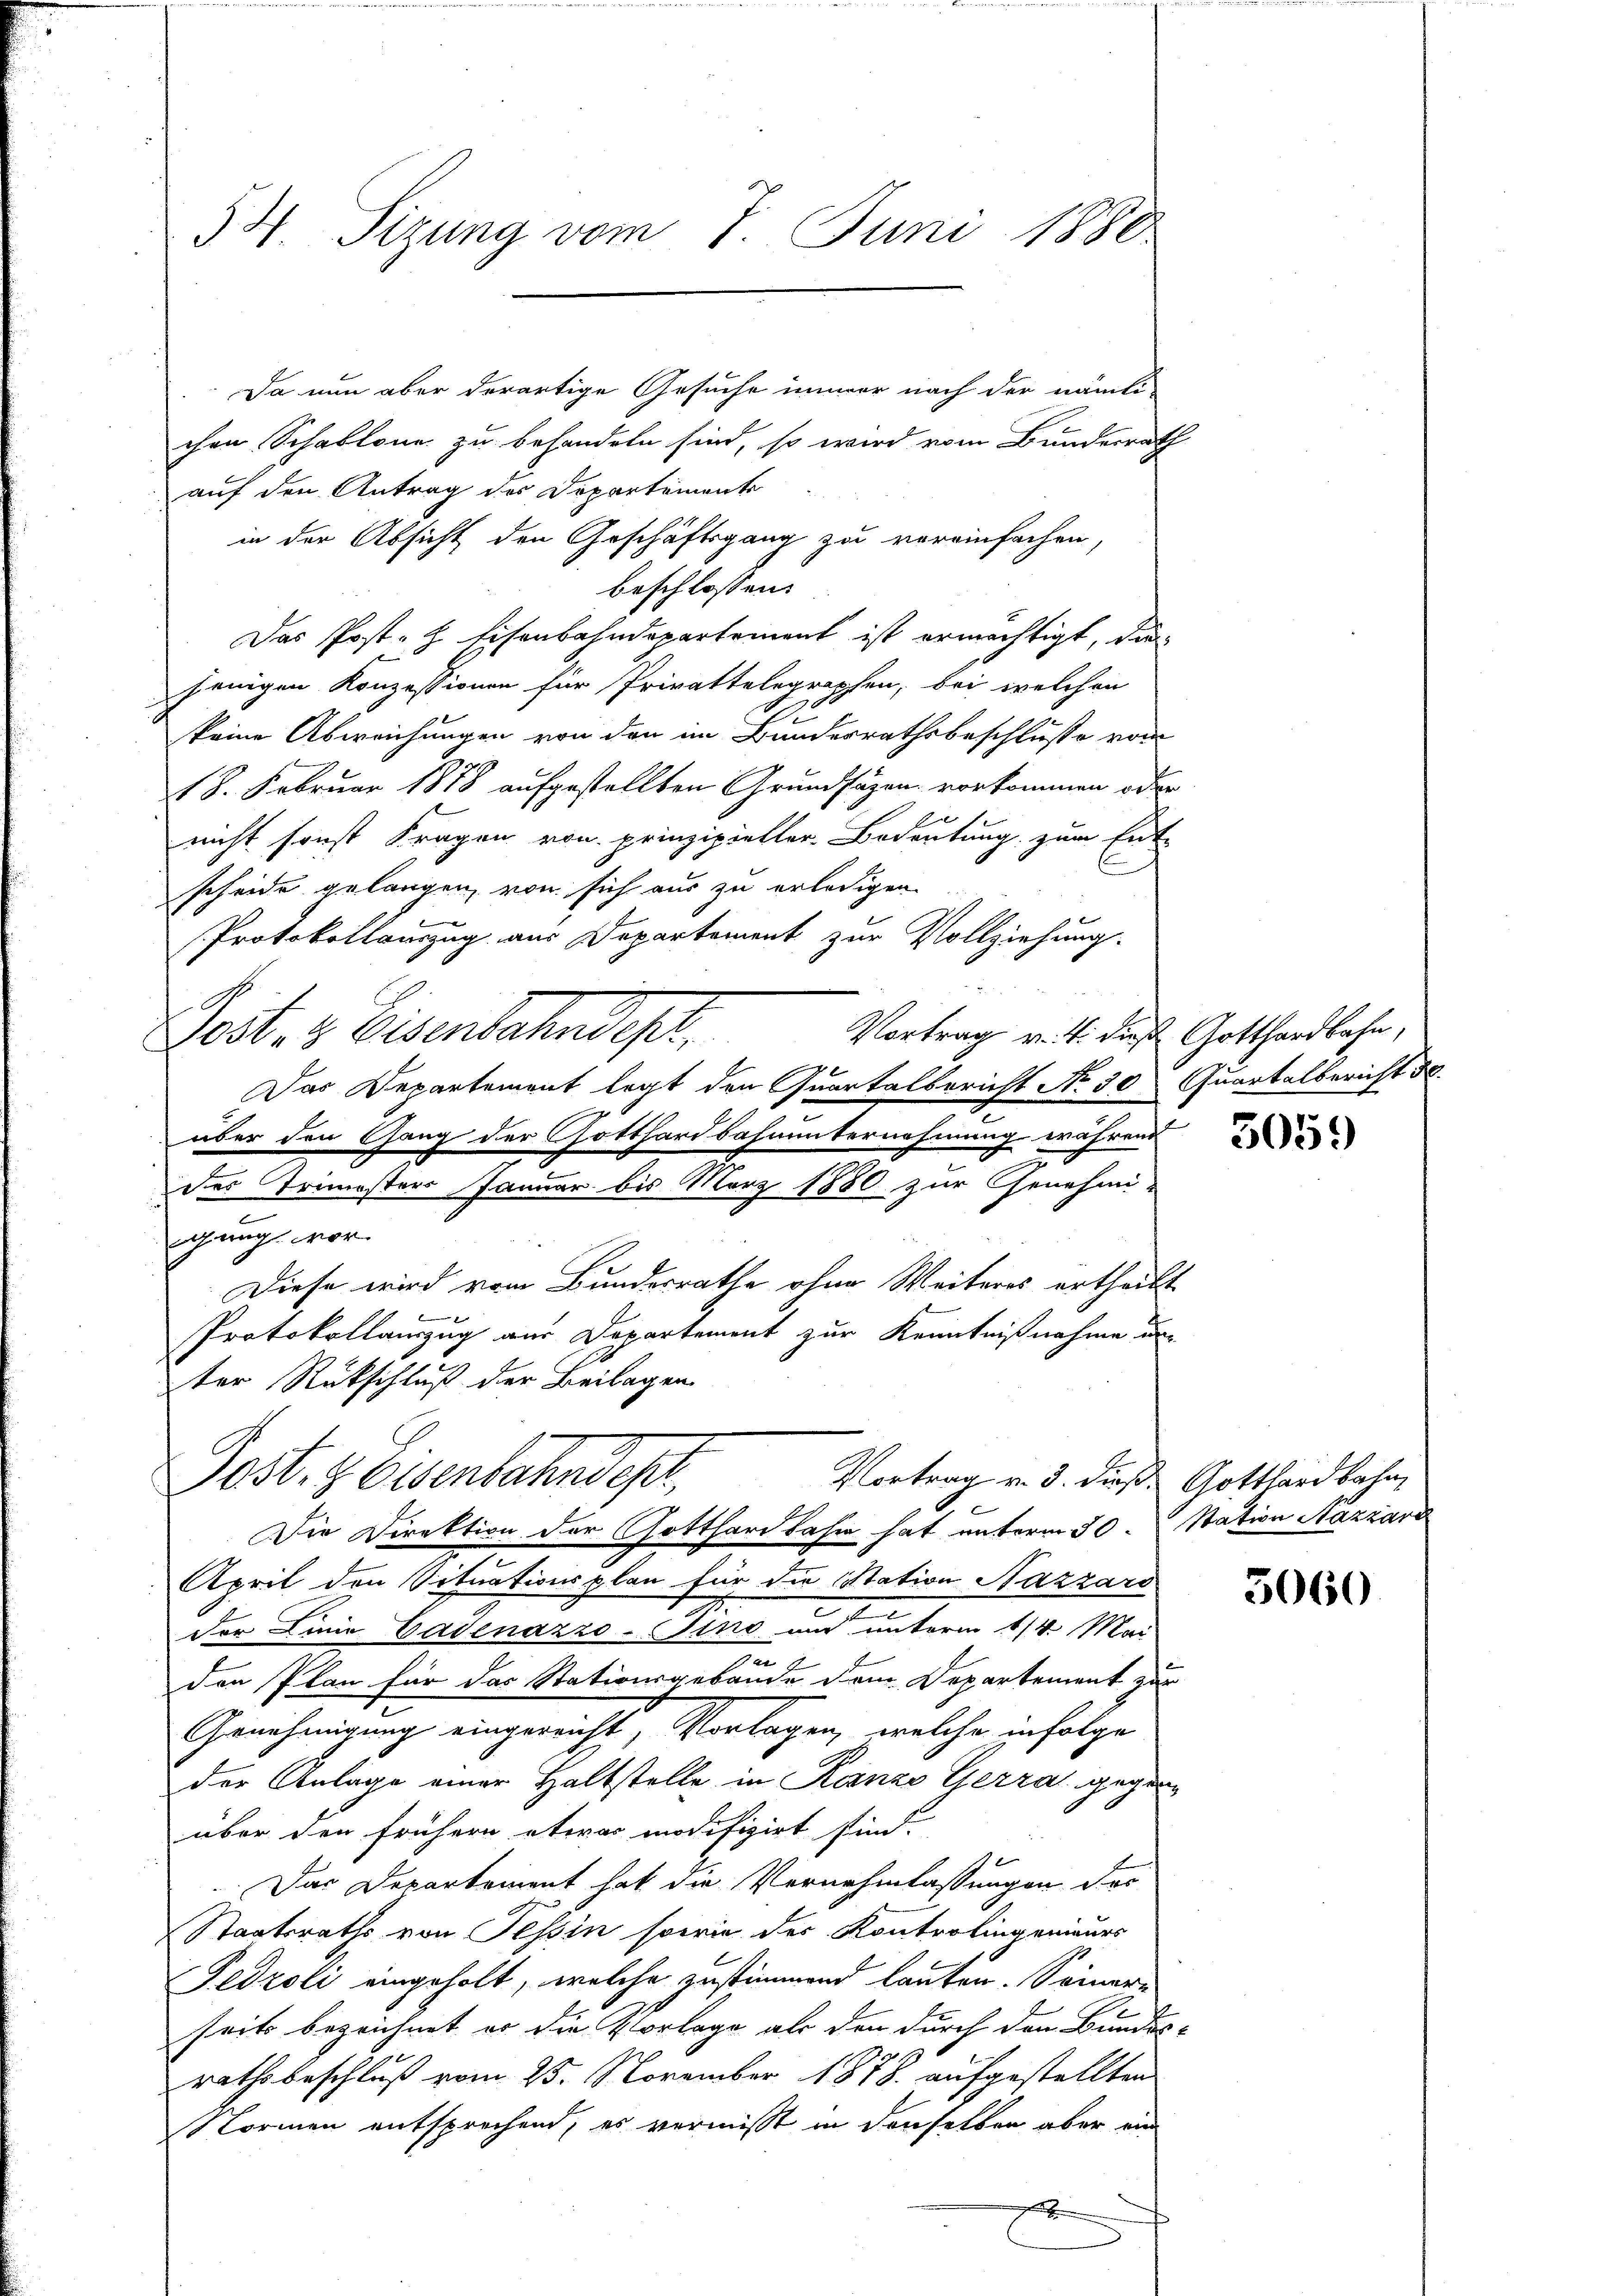
54. Sizung vom 7. Juni 1880

chen Schablone zu behandeln sind, so wird vom Bundesrath
auf den Antrag des Departemente
in der Absicht den Geschäftsgang zu vereinfachen,
beschlossen:
Das Post. Eisenbahndepartement ist ermächtigt, da
jenigen Konzessionen für Privattelegraphen, bei welchen
keine Abweichungen von den im Bunderrathsbeschluße vom
18. Februar 1878 aufgestellten Grundsäzen vorkommen oder
nicht sonst Fragen von prinzipieller Bedeutung zum Ent-
scheide gelangen, von sich aus zu erledigen
Protokollauszug aus Departement zur Vollziehung.
Vortrag v. 4. dieß Gotthardbahn,
Posten Eisenbahndet,
Das Departement legt den Quartalbericht No 30 Quartalbericht d
über den Gang der Gotthardbahnunternehmung währen
z
des Trimösters Januar bis März 1880 zur Genehmi-
gung vor.
Diese wird vom Bundesrathe ohne Weiteres ertheilt
Protokollauszug aus Departement zur Kenntnißnahme un
ter Rückschluß der Beilagen

Da nun aber derartige Gesuche immer nach der nämli-

Post- & Eisenbahndepr
Vortrag v. 3. dieß: Gotthardbahn,
Die Direktion der Gotthardbahn hat unterm 30. Station Stazzáro

Aprit den Situationsplan für die Station Nazzars
der Linie Cadenazzo-Sino und unterm 1/4. Mai
u
den Plan für das Stationsgebäude dem Departement zur
Genehmigung eingereicht, Vorlagen, welche infolge
der Anlage einer Haltstelle in Kanze Gerrat gegenüber den frühern etwas modifizirt sind.
Das Departement hat die Vernehmlassungen dri
Staatsraths von Tessin sowie der Kontrolingenieurs
Fedroli eingeholt, welche zustimmend lauten. Seinere
seits bezeichnet er die Vorlage als den durch den Bundes-
rathsbeschluß vom 25. November 1878. aufgestellten
Normen entsprechend, es vermisst in denselben aber ein

505.

5060